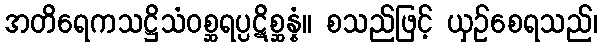
အတိရေကသဋ္ဌိသံဝစ္ဆရပ္ပဋိစ္ဆန္နံ။ စသည်ဖြင့် ယှဉ်စေရသည်၊